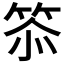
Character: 𮅌